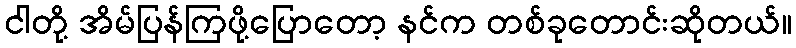
ငါတို့ အိမ်ပြန်ကြဖို့ပြောတော့ နင်က တစ်ခုတောင်းဆိုတယ်။